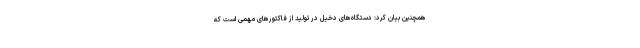
همچنین بیان کرد: دستگاه‌های دخیل در تولید از فاکتورهای مهمی است که